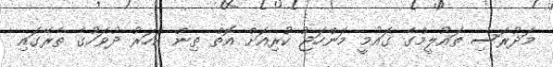
މަދުރަސި ތައުލީމްގެ ގައުމީ މަންހަޖު ކުރިއަށް އޮތް ތިން އަހަރު ދުވަހުގެ ތެރޭގައި